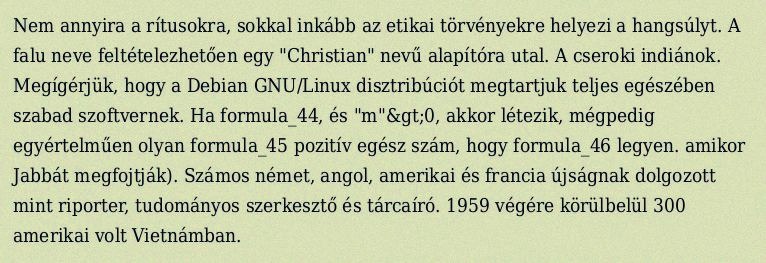
Nem annyira a rítusokra, sokkal inkább az etikai törvényekre helyezi a hangsúlyt. A falu neve feltételezhetően egy "Christian" nevű alapítóra utal. A cseroki indiánok. Megígérjük, hogy a Debian GNU/Linux disztribúciót megtartjuk teljes egészében szabad szoftvernek. Ha formula_44, és "m"&gt;0, akkor létezik, mégpedig egyértelműen olyan formula_45 pozitív egész szám, hogy formula_46 legyen. amikor Jabbát megfojtják). Számos német, angol, amerikai és francia újságnak dolgozott mint riporter, tudományos szerkesztő és tárcaíró. 1959 végére körülbelül 300 amerikai volt Vietnámban.